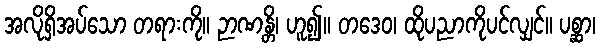
အလိုရှိအပ်သော တရားကို။ ဉာဏန္တိ၊ ဟူ၍။ တဒေဝ၊ ထိုပညာကိုပင်လျှင်။ ပစ္ဆာ၊